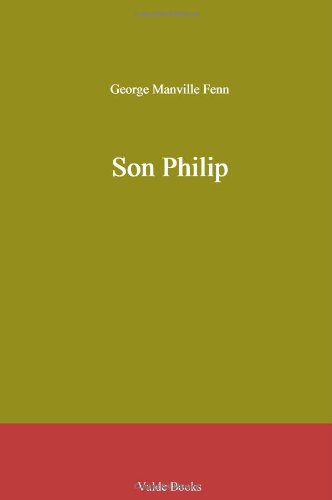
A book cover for Son Philip; George Manville Fenn; Crafts, Hobbies & Home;